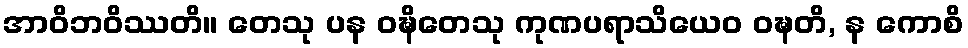
အာဝိဘဝိဿတိ။ တေသု ပန ဝဍ္ဎိတေသု ကုဏပရာသိယေဝ ဝဍ္ဎတိ, န ကောစိ